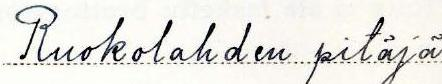
Ruokolahden pitäjä